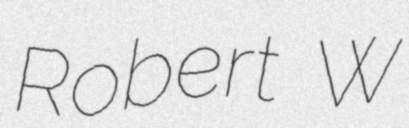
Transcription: Robert W